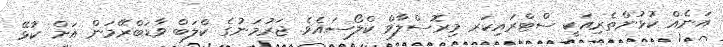
އަނެއް ކުޅުންތެރިއަކީ ސްޓްރައިކަރ މިރޮސްލާވް ކްލޯސައެވެ. ޖަރުމަނުގެ ކްލަބް ވާޑަބްރޭމަން އަށް ކުޅޭ